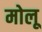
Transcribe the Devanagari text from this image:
मोलू